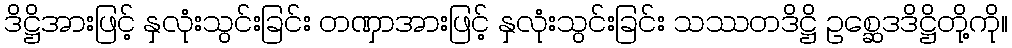
ဒိဋ္ဌိအားဖြင့် နှလုံးသွင်းခြင်း တဏှာအားဖြင့် နှလုံးသွင်းခြင်း သဿတဒိဋ္ဌိ ဥစ္ဆေဒဒိဋ္ဌိတို့ကို။